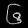
Digit: ၆